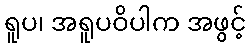
ရူပ၊ အရူပဝိပါက အဖွင့်